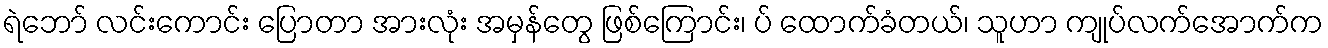
ရဲဘော် လင်းကောင်း ပြောတာ အားလုံး အမှန်တွေ ဖြစ်ကြောင်း၊ ပ် ထောက်ခံတယ်၊ သူဟာ ကျုပ်လက်အောက်က